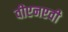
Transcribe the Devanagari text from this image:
वीएनएवी